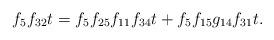
LaTeX: \begin{align*}f_5f_{32}t &= f_5f_{25}f_{11}f_{34}t + f_5f_{15}g_{14}f_{31}t.\end{align*}